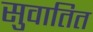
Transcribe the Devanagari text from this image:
सुवातित